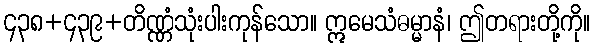
၄၃၈+၄၃၉+တိဏ္ဏံသုံးပါးကုန်သော။ ဣမေသံဓမ္မာနံ၊ ဤတရားတို့ကို။